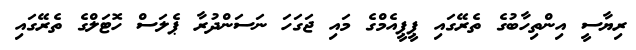
ރިޔާސީ އިންތިހާބުގެ ތެރޭގައި ޕީޕީއެމްގެ މައި ޖަގަހަ ނަސަންދުރާ ޕެލަސް ހޮޓަލްގެ ތެރޭގައި